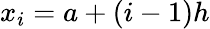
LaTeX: x_{i}=a+(i-1)h